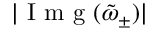
| \textrm { I m g } ( \tilde { \omega } _ { \pm } ) |